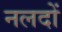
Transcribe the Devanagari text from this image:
नलदों